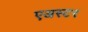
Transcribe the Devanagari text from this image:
एअस्टर